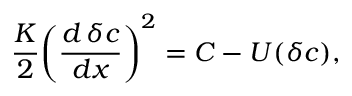
\begin{array} { l } { \displaystyle { \frac { K } { 2 } \! \left( \frac { d \, \delta c } { d x } \right) ^ { 2 } = C - U ( \delta c ) , } } \end{array}